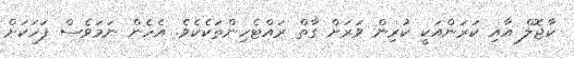
ކާޖޮލް އާއި ކަރަންއަކީ ކުރިން ވަރަށް ގާތް ރައްޓެހިންތަކެކެވެ. އެހެން ނަމަވެސް ފަހަކަށް